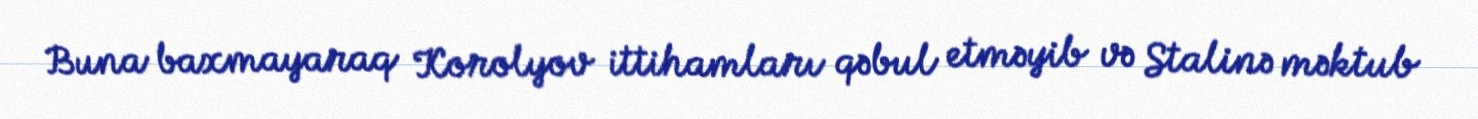
Buna baxmayaraq Korolyov ittihamları qəbul etməyib və Stalinə məktub